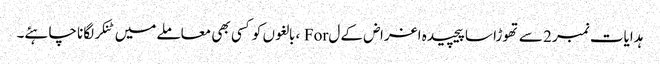
ہدایات نمبر 2 سے تھوڑا سا پیچیدہ اغراض کے ل For ، بالغوں کو کسی بھی معاملے میں ٹنکر لگانا چاہئے۔